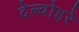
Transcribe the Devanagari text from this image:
देल्वोइरे